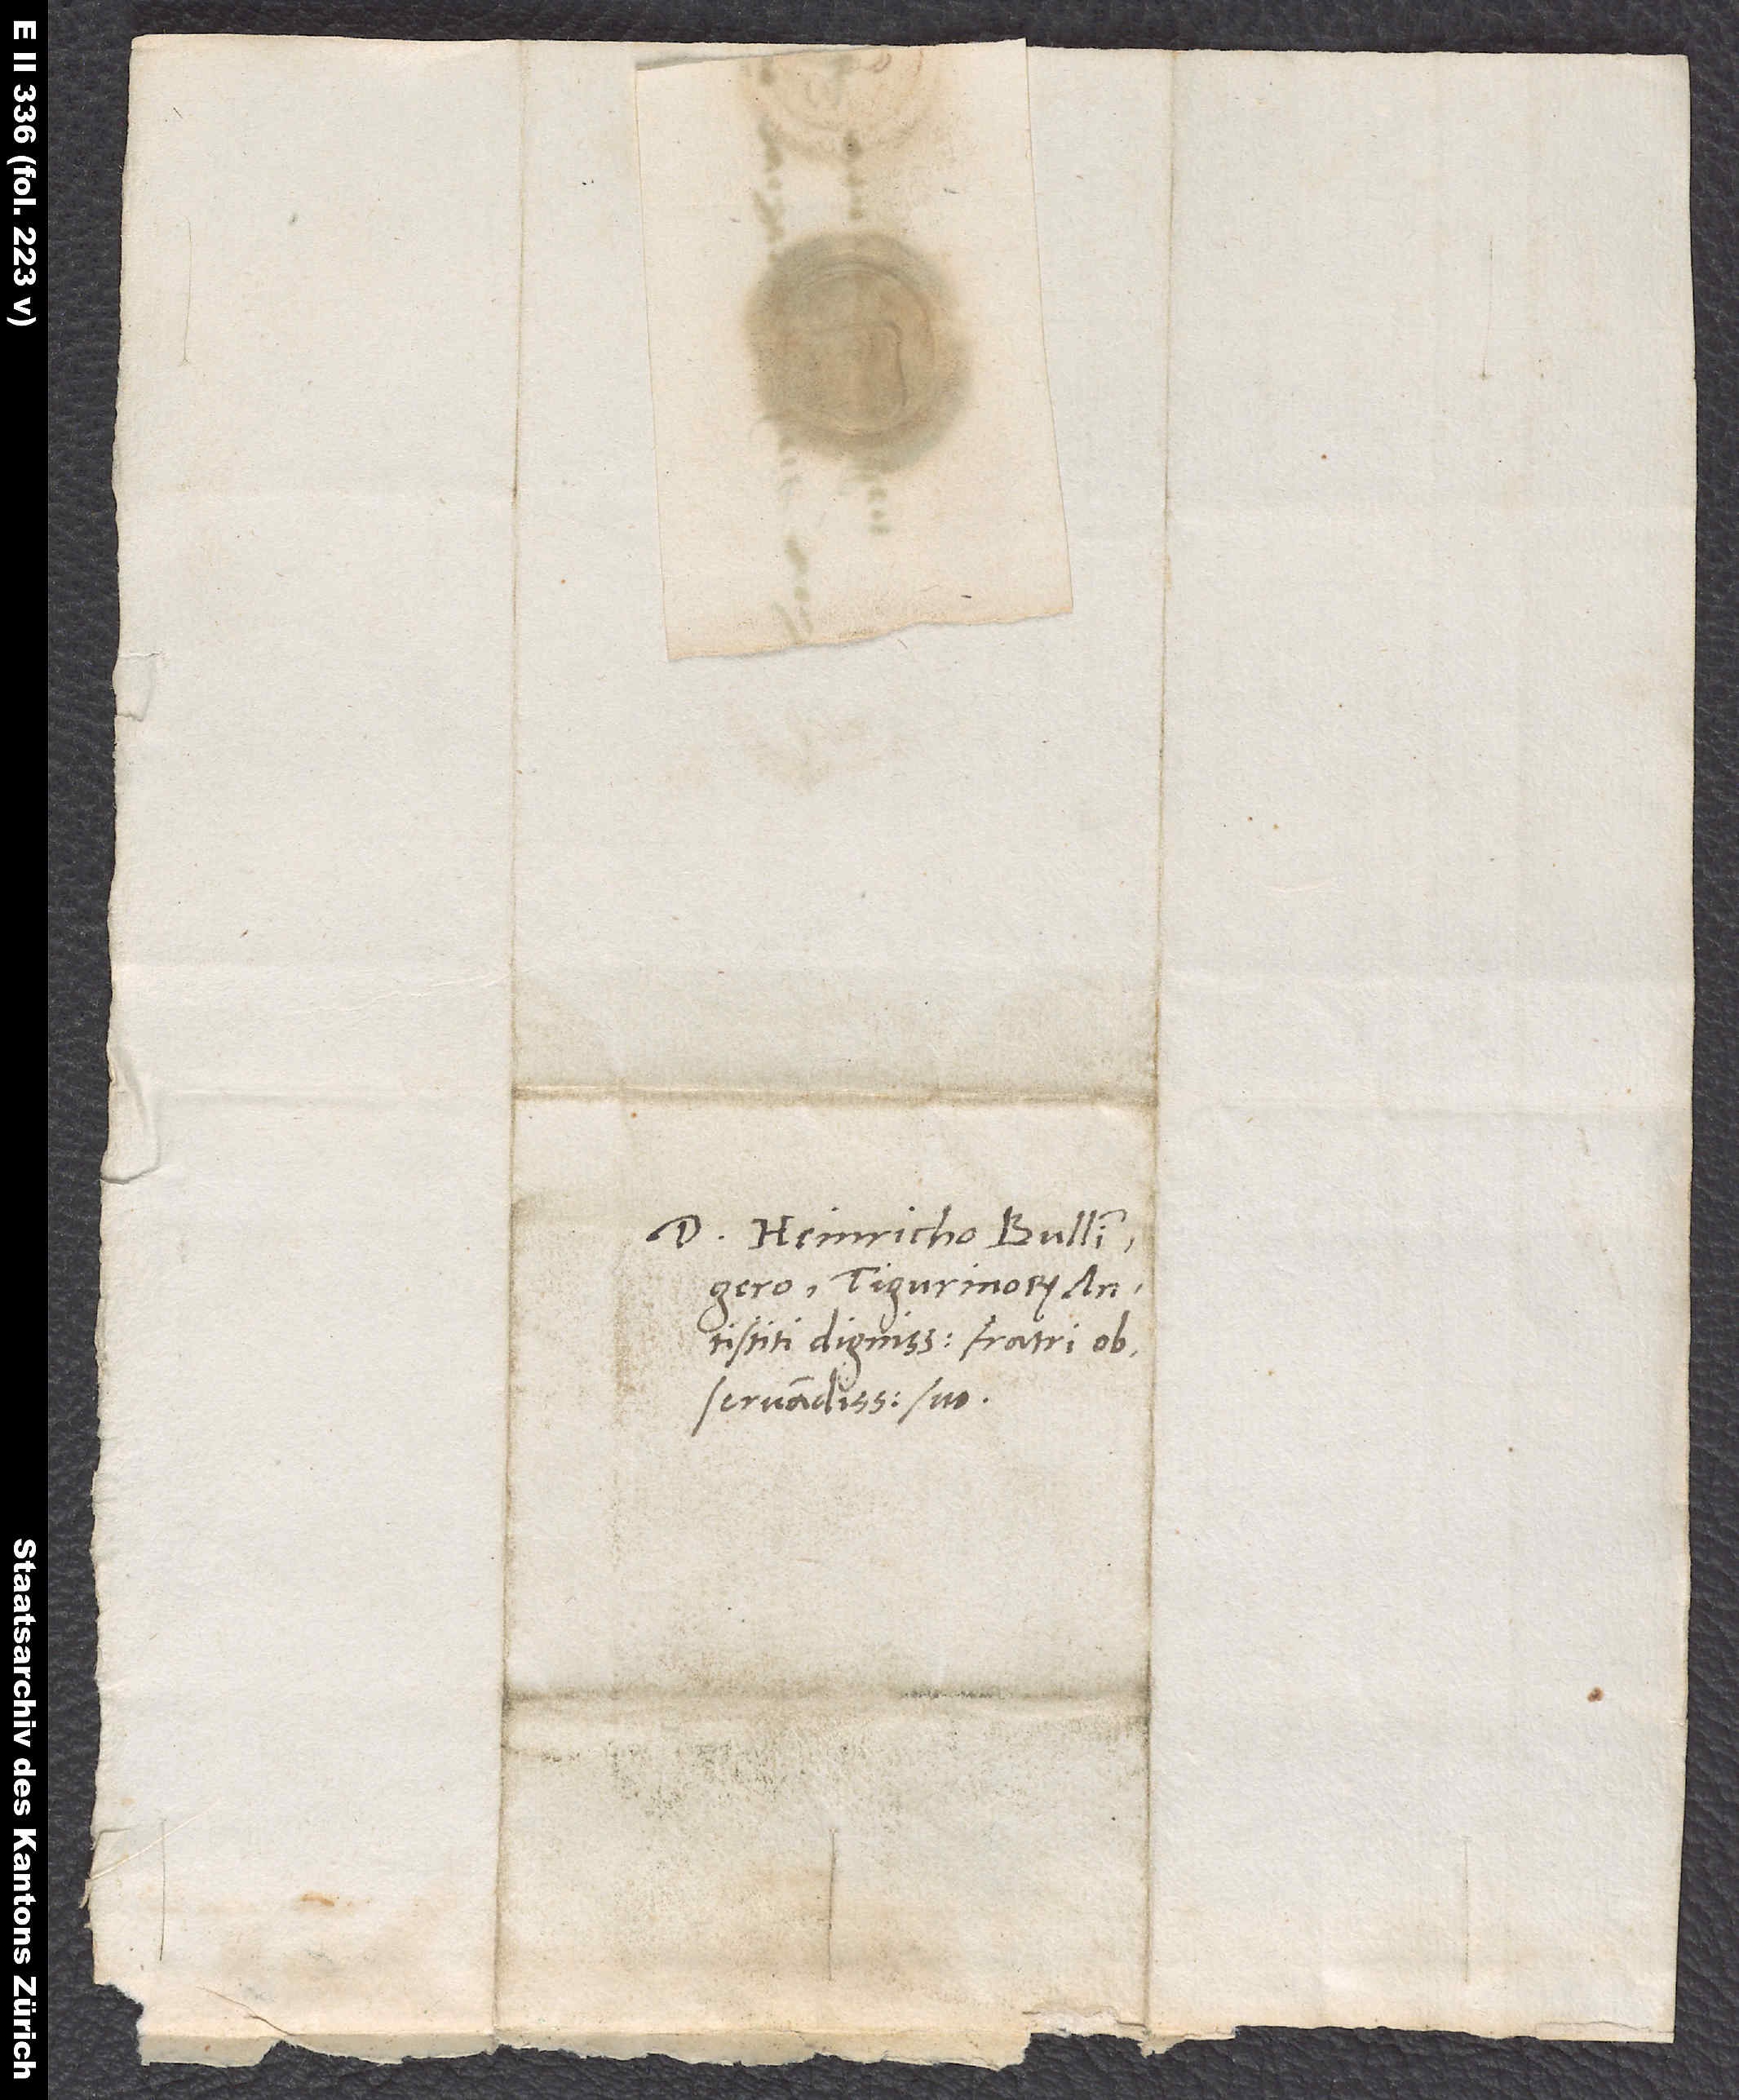
D. Heinricho Bullingero,
Tigurinorum
antistiti dignissimo, fratri
observandissimo suo.